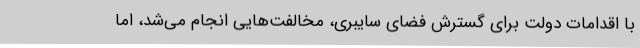
با اقدامات دولت برای گسترش فضای سایبری، مخالفت‌هایی انجام می‌شد، اما